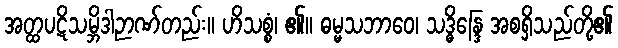
အတ္ထပဋိသမ္ဘိဒါဉာဏ်တည်း။ ဟိသစ္စံ၊ ၏။ ဓမ္မသဘာဝေ၊ သဒ္ဓိန္ဒြေ အစရှိသည်တို့၏